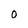
Character: 0